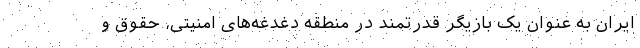
ایران به عنوان یک بازیگر قدرتمند در منطقه دغدغه‌های امنیتی، حقوق و